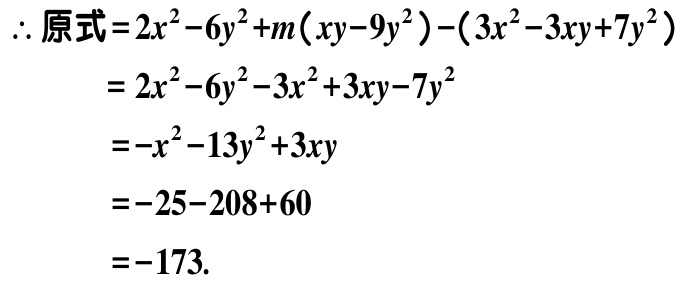
\[

\begin{align*}

\therefore 原式&=2x^{2}-6y^{2}+m(xy - 9y^{2})-(3x^{2}-3xy + 7y^{2})\\

&=2x^{2}-6y^{2}-3x^{2}+3xy-7y^{2}\\

&=-x^{2}-13y^{2}+3xy\\

&=-25 - 208+60\\

&=-173.

\end{align*}

\]